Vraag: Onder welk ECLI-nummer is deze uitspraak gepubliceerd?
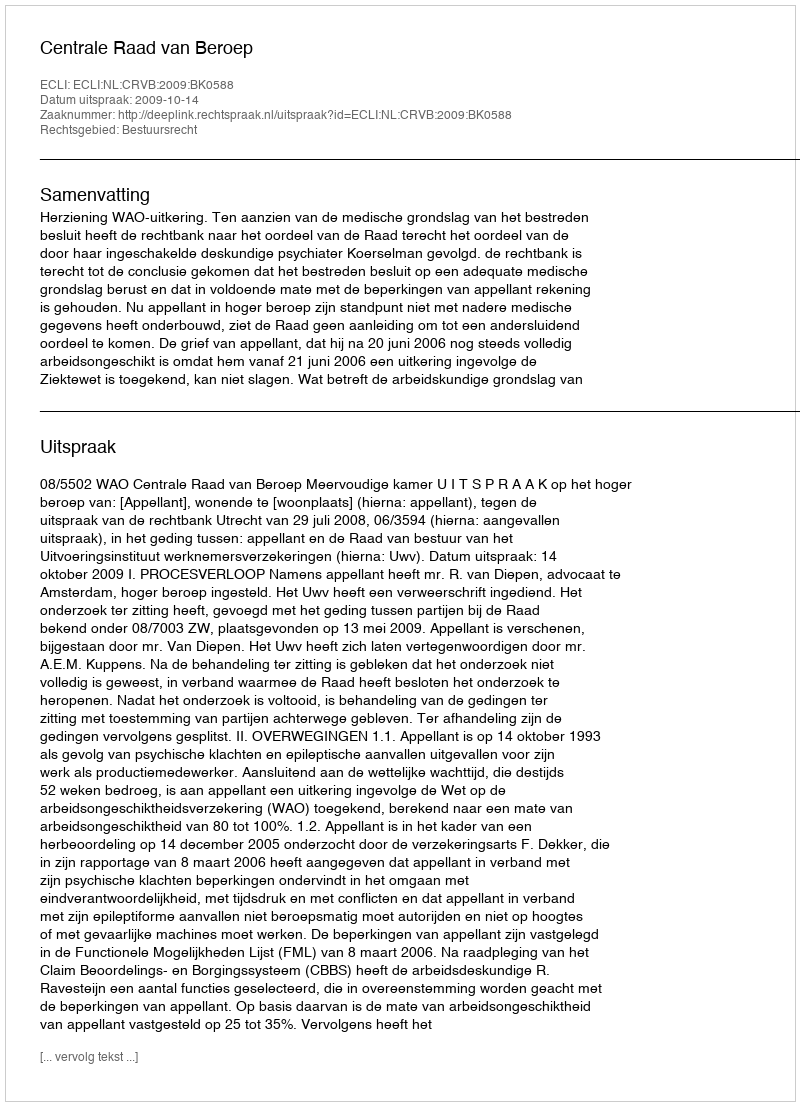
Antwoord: ECLI:NL:CRVB:2009:BK0588